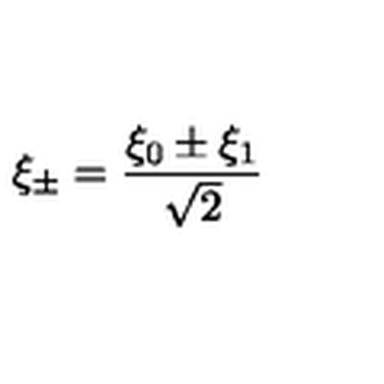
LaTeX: \xi _ { \pm } = \frac { \xi _ { 0 } \pm \xi _ { 1 } } { \sqrt { 2 } }